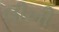
લીખી